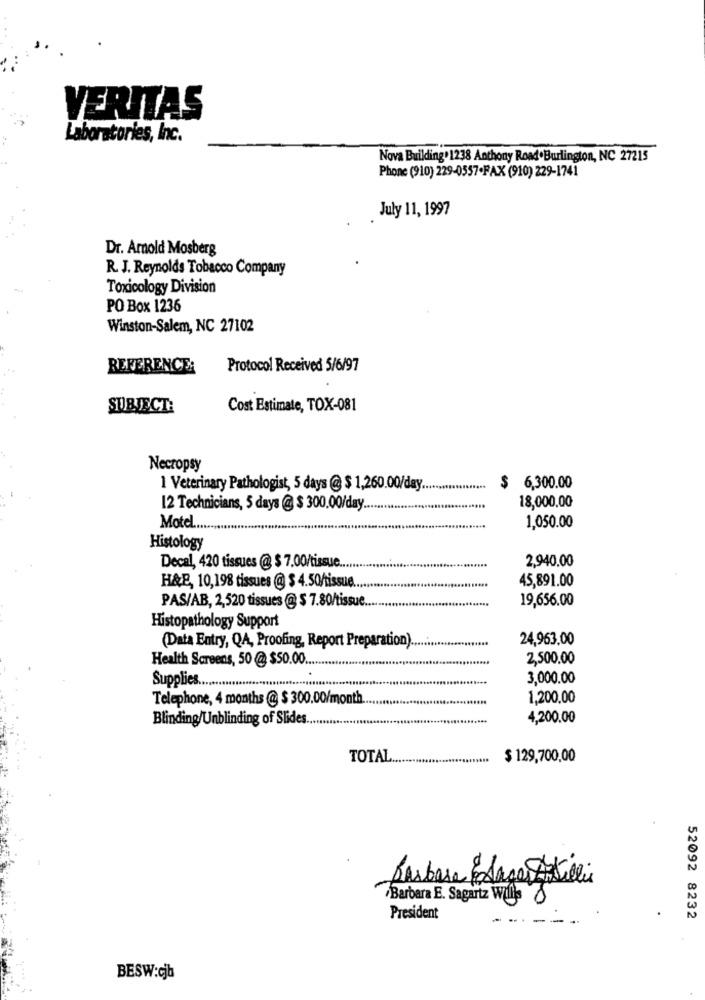
VERITAS
Laboratories, Inc.
Nova Building. 1238 Anthony Road.Burlington, NC 27215
Phone (910) 229-0557.FAX (910) 229-1741
July 11, 1997
Dr. Amold Mosberg
R. J. Reynolds Tobacco Company
Toxicology Division
PO Box 1236
Winston-Salem, NC 27102
REFERENCE:
Protocol Received 5/6/97
SUBJECT:
Cost Estimate, TOX-081
Necropsy
1 Veterinary Pathologist, 5 days @ $ 1,260.00/day.
$ 6,300.00
12 Technicians, 5 days @ $ 300.00/day.
18,000.00
Motel
1,050.00
Histology
2,940.00
Decal, 420 tissues @ $ 7.00/tissue.
45,891.00
H&B, 10,198 tissues @ $ 4.50/tissue.
PAS/AB, 2,520 tissues @ $ 7.80/tissue.
19,656.00
Histopathology Support
24,963,00
(Data Entry, QA, Proofing, Report Preparation).
Health Screens, 50 @ $50.00 ..
2,500.00
3,000.00
Supplies ........
Telephone, 4 months @ $ 300.00/month
1,200.00
Blinding/Unblinding of Slides.
4,200.00
TOTAL ..
$ 129,700,00
Barbara Plages AVilli
Barbara E. Sagariz Willis
President
--. -
52092 8232
BESW:cjb